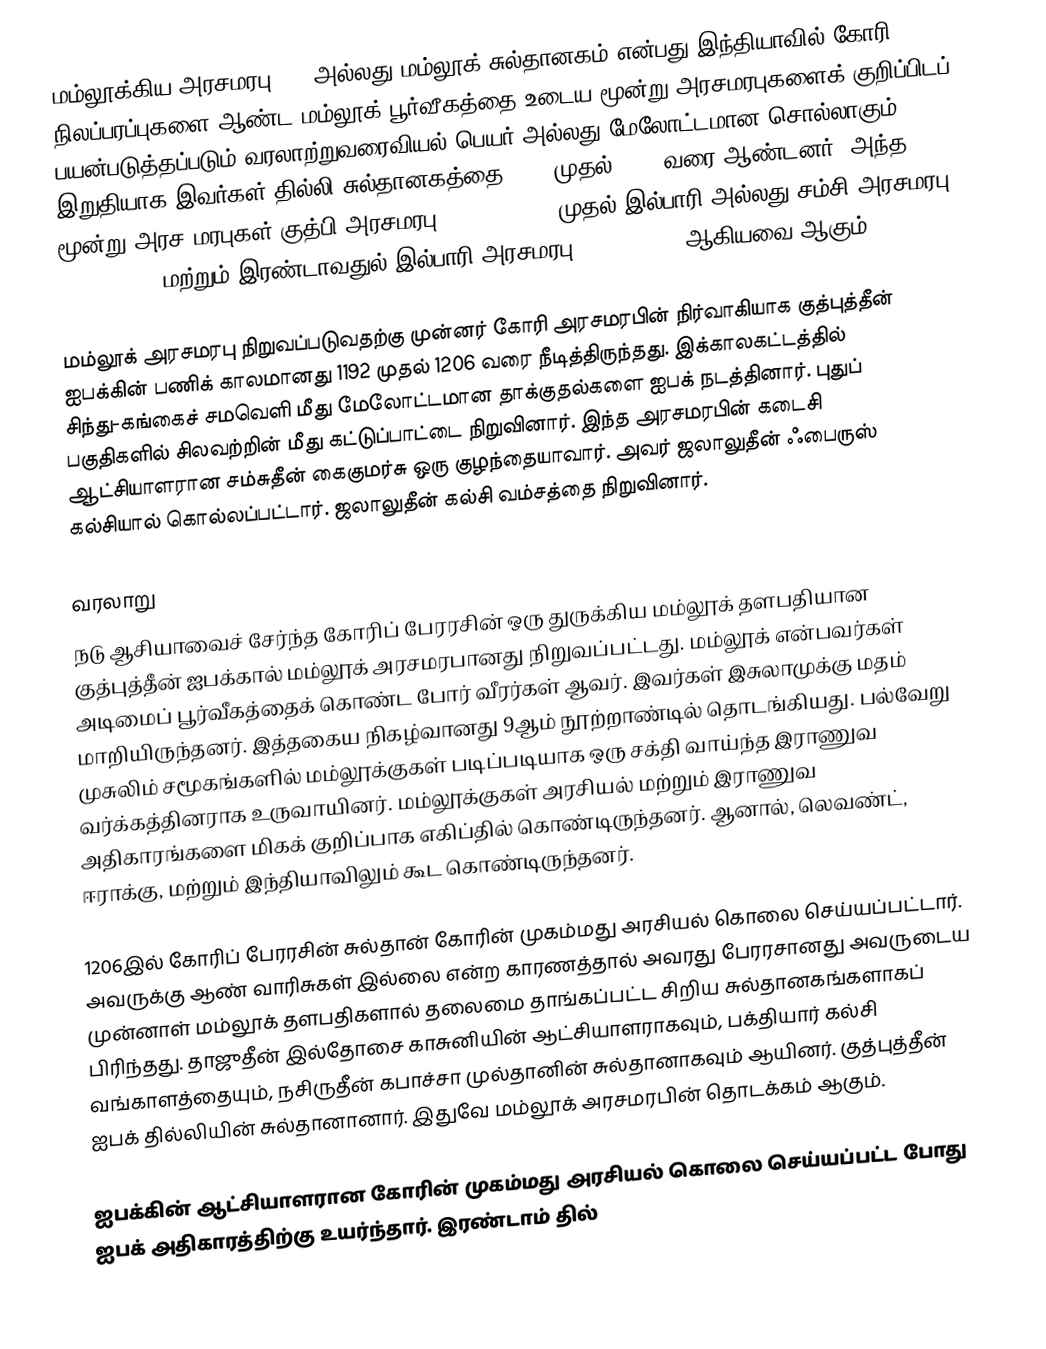
மம்லூக்கிய அரசமரபு (), அல்லது மம்லூக் சுல்தானகம் என்பது இந்தியாவில் கோரி நிலப்பரப்புகளை ஆண்ட மம்லூக் பூர்வீகத்தை உடைய மூன்று அரசமரபுகளைக் குறிப்பிடப் பயன்படுத்தப்படும் வரலாற்றுவரைவியல் பெயர் அல்லது மேலோட்டமான சொல்லாகும். இறுதியாக இவர்கள் தில்லி சுல்தானகத்தை 1206 முதல் 1290 வரை ஆண்டனர். அந்த மூன்று அரச மரபுகள் குத்பி அரசமரபு (1206-1211), முதல் இல்பாரி அல்லது சம்சி அரசமரபு (1211-1266) மற்றும் இரண்டாவதுல் இல்பாரி அரசமரபு (1266-1290) ஆகியவை ஆகும்.

மம்லூக் அரசமரபு நிறுவப்படுவதற்கு முன்னர் கோரி அரசமரபின் நிர்வாகியாக குத்புத்தீன் ஐபக்கின் பணிக் காலமானது 1192 முதல் 1206 வரை நீடித்திருந்தது. இக்காலகட்டத்தில் சிந்து-கங்கைச் சமவெளி மீது மேலோட்டமான தாக்குதல்களை ஐபக் நடத்தினார். புதுப் பகுதிகளில் சிலவற்றின் மீது கட்டுப்பாட்டை நிறுவினார். இந்த அரசமரபின் கடைசி ஆட்சியாளரான சம்சுதீன் கைகுமர்சு ஒரு குழந்தையாவார். அவர் ஜலாலுதீன் ஃபைருஸ் கல்சியால் கொல்லப்பட்டார். ஜலாலுதீன் கல்சி வம்சத்தை நிறுவினார்.

வரலாறு
நடு ஆசியாவைச் சேர்ந்த கோரிப் பேரரசின் ஒரு துருக்கிய மம்லூக் தளபதியான குத்புத்தீன் ஐபக்கால் மம்லூக் அரசமரபானது நிறுவப்பட்டது. மம்லூக் என்பவர்கள் அடிமைப் பூர்வீகத்தைக் கொண்ட போர் வீரர்கள் ஆவர். இவர்கள் இசுலாமுக்கு மதம் மாறியிருந்தனர். இத்தகைய நிகழ்வானது 9ஆம் நூற்றாண்டில் தொடங்கியது. பல்வேறு முசுலிம் சமூகங்களில் மம்லூக்குகள் படிப்படியாக ஒரு சக்தி வாய்ந்த இராணுவ வர்க்கத்தினராக உருவாயினர். மம்லூக்குகள் அரசியல் மற்றும் இராணுவ அதிகாரங்களை மிகக் குறிப்பாக எகிப்தில் கொண்டிருந்தனர். ஆனால், லெவண்ட், ஈராக்கு, மற்றும் இந்தியாவிலும் கூட கொண்டிருந்தனர்.

1206இல் கோரிப் பேரரசின் சுல்தான் கோரின் முகம்மது அரசியல் கொலை செய்யப்பட்டார். அவருக்கு ஆண் வாரிசுகள் இல்லை என்ற காரணத்தால் அவரது பேரரசானது அவருடைய முன்னாள் மம்லூக் தளபதிகளால் தலைமை தாங்கப்பட்ட சிறிய சுல்தானகங்களாகப் பிரிந்தது. தாஜுதீன் இல்தோசை காசுனியின் ஆட்சியாளராகவும், பக்தியார் கல்சி வங்காளத்தையும், நசிருதீன் கபாச்சா முல்தானின் சுல்தானாகவும் ஆயினர். குத்புத்தீன் ஐபக் தில்லியின் சுல்தானானார். இதுவே மம்லூக் அரசமரபின் தொடக்கம் ஆகும்.

ஐபக்கின் ஆட்சியாளரான கோரின் முகம்மது அரசியல் கொலை செய்யப்பட்ட போது ஐபக் அதிகாரத்திற்கு உயர்ந்தார். இரண்டாம் தில்